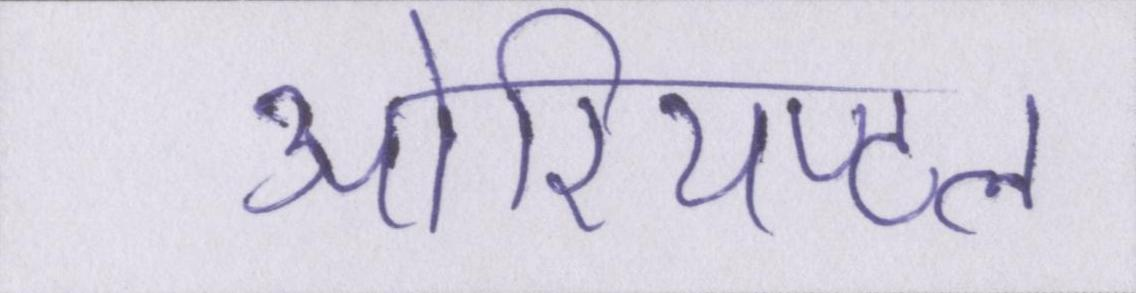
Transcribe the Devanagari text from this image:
ओरियण्टल